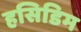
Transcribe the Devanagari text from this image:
हसिडिम